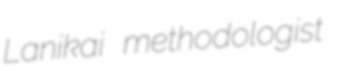
Lanikai methodologist